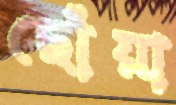
ছোঁয়া